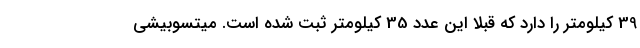
39 کیلومتر را دارد که قبلا این عدد 35 کیلومتر ثبت شده است. میتسوبیشی